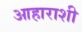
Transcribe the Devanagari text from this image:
आहाराशी